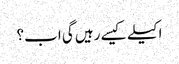
اکیلے کیسے رہیں گی اب؟